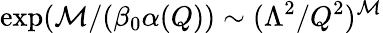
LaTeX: \exp(\mathcal{M}/(\beta_{0}\alpha(Q))\sim(\Lambda^{2}/Q^{2})^{\mathcal{M}}